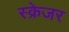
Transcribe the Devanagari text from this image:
स्क्रेजर